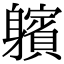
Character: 𨊕